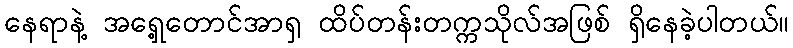
နေရာနဲ့ အရှေ့တောင်အာရှ ထိပ်တန်းတက္ကသိုလ်အဖြစ် ရှိနေခဲ့ပါတယ်။